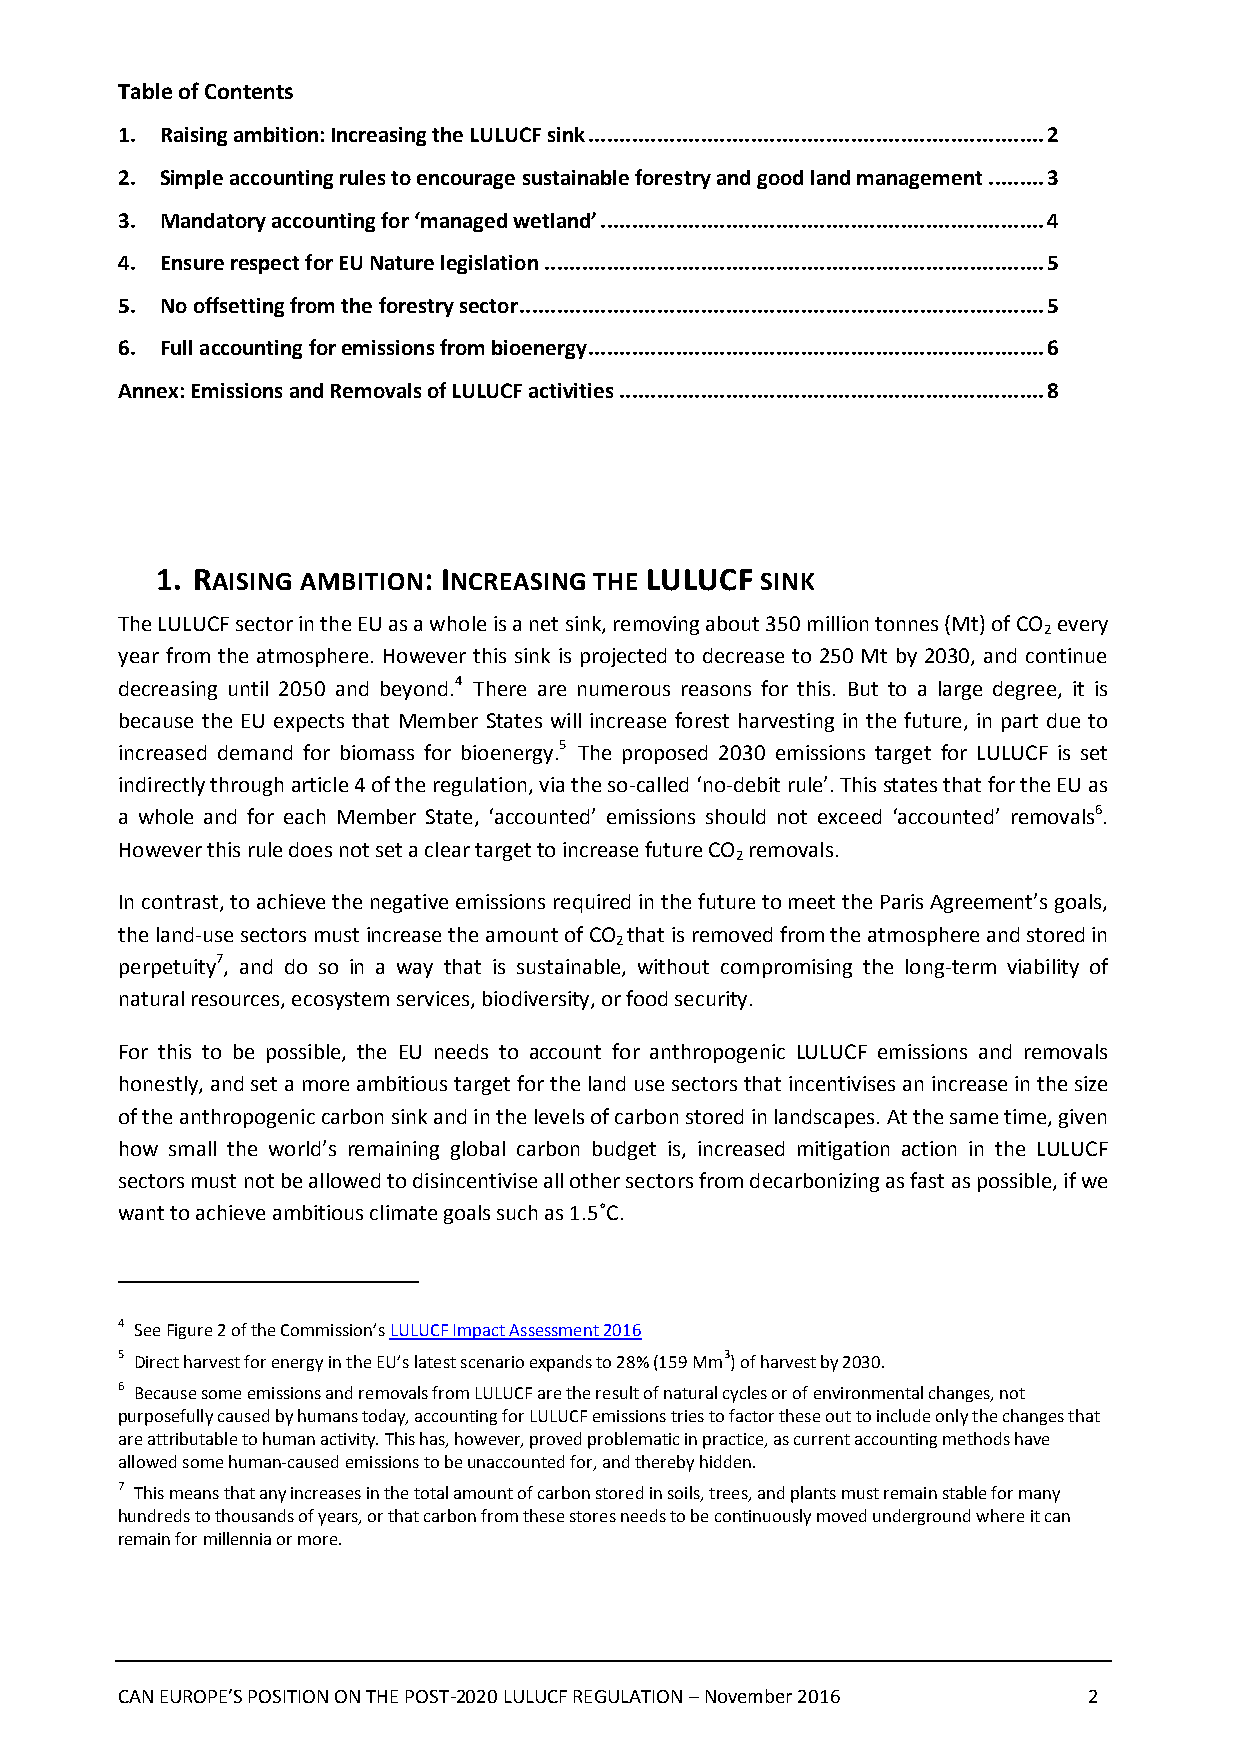
Table of Contents
 1. Raising ambition: Increasing the LULUCF sink ......................................................................... 2
 2. Simple accounting rules to encourage sustainable forestry and good land management ......... 3
 3. Mandatory accounting for ‘managed wetland’ ....................................................................... 4
 4. Ensure respect for EU Nature legislation ................................................................................ 5
 5. No offsetting from the forestry sector .................................................................................... 5
 6. Full accounting for emissions from bioenergy ......................................................................... 6
 Annex: Emissions and Removals of LULUCF activities .................................................................... 8
 1. RAISING AMBITION: INCREASING THE LULUCF SINK
 The LULUCF sector in the EU as a whole is a net sink, removing about 350 million tonnes (Mt) of CO every
 2
 year from the atmosphere. However this sink is projected to decrease to 250 Mt by 2030, and continue
 decreasing until 2050 and beyond.4 There are numerous reasons for this. But to a large degree, it is
 because the EU expects that Member States will increase forest harvesting in the future, in part due to
 increased demand for biomass for bioenergy.5 The proposed 2030 emissions target for LULUCF is set
 indirectly through article 4 of the regulation, via the so-called ‘no-debit rule’. This states that for the EU as
 a whole and for each Member State, ‘accounted’ emissions should not exceed ‘accounted’ removals6.
 However this rule does not set a clear target to increase future CO removals.
 2
 In contrast, to achieve the negative emissions required in the future to meet the Paris Agreement’s goals,
 the land-use sectors must increase the amount of CO that is removed from the atmosphere and stored in
 2
 perpetuity7, and do so in a way that is sustainable, without compromising the long-term viability of
 natural resources, ecosystem services, biodiversity, or food security.
 For this to be possible, the EU needs to account for anthropogenic LULUCF emissions and removals
 honestly, and set a more ambitious target for the land use sectors that incentivises an increase in the size
 of the anthropogenic carbon sink and in the levels of carbon stored in landscapes. At the same time, given
 how small the world’s remaining global carbon budget is, increased mitigation action in the LULUCF
 sectors must not be allowed to disincentivise all other sectors from decarbonizing as fast as possible, if we
 want to achieve ambitious climate goals such as 1.5˚C.
 4 See Figure 2 of the Commission’s LULUCF Impact Assessment 2016
 5 Direct harvest for energy in the EU’s latest scenario expands to 28% (159 Mm3) of harvest by 2030.
 6 Because some emissions and removals from LULUCF are the result of natural cycles or of environmental changes, not
 purposefully caused by humans today, accounting for LULUCF emissions tries to factor these out to include only the changes that
 are attributable to human activity. This has, however, proved problematic in practice, as current accounting methods have
 allowed some human-caused emissions to be unaccounted for, and thereby hidden.
 7 This means that any increases in the total amount of carbon stored in soils, trees, and plants must remain stable for many
 hundreds to thousands of years, or that carbon from these stores needs to be continuously moved underground where it can
 remain for millennia or more.
 CAN EUROPE’S POSITION ON THE POST-2020 LULUCF REGULATION – November 2016 2